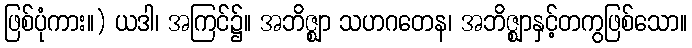
ဖြစ်ပုံကား။) ယဒါ၊ အကြင်၌။ အဘိဇ္ဈာ သဟဂတေန၊ အဘိဇ္ဈာနှင့်တကွဖြစ်သော။